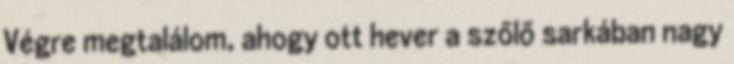
Végre megtalálom, ahogy ott hever a szőlő sarkában nagy